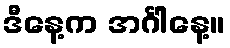
ဒီနေ့က အင်္ဂါနေ့။